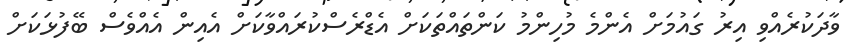
ވާދަކުރެއްވި އިރު ގައުމަށް އެންމެ މުހިންމު ކަންތައްތަކަށް އެޑްރެސްކުރައްވާކަށް އެއިން އެއްވެސް ބޭފުޅަކަށް